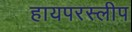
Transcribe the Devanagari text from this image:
हायपरस्लीप